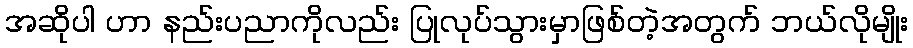
အဆိုပါ ဟာ နည်းပညာကိုလည်း ပြုလုပ်သွားမှာဖြစ်တဲ့အတွက် ဘယ်လိုမျိုး